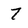
Character: 7